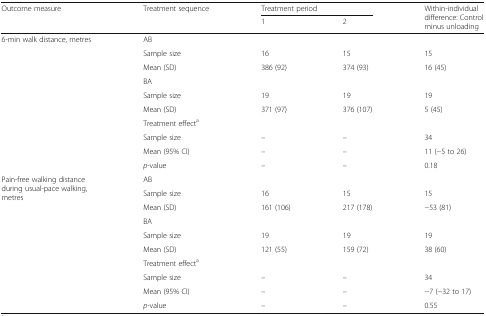
| <ROWSPAN=2> Outcome measure | <ROWSPAN=2> Treatment sequence | <COLSPAN=2> Treatment period | <ROWSPAN=2> Within-individual difference: Control minus unloading |
 | 1 | 2 |
 | --- | --- | --- | --- | --- |
 | <ROWSPAN=10> 6-min walk distance, metres | AB |  |  |  |
 | Sample size | 16 | 15 | 15 |
 | Mean (SD) | 386 (92) | 374 (93) | 16 (45) |
 | BA |  |  |  |
 | Sample size | 19 | 19 | 19 |
 | Mean (SD) | 371 (97) | 376 (107) | 5 (45) |
 | Treatment effecta |  |  |  |
 | Sample size | – | – | 34 |
 | Mean (95% CI) | – | – | 11 (−5 to 26) |
 | p-value | – | – | 0.18 |
 | <ROWSPAN=10> Pain-free walking distance during usual-pace walking, metres | AB |  |  |  |
 | Sample size | 16 | 15 | 15 |
 | Mean (SD) | 161 (106) | 217 (178) | −53 (81) |
 | BA |  |  |  |
 | Sample size | 19 | 19 | 19 |
 | Mean (SD) | 121 (55) | 159 (72) | 38 (60) |
 | Treatment effecta |  |  |  |
 | Sample size | – | – | 34 |
 | Mean (95% CI) | – | – | −7 (−32 to 17) |
 | p-value | – | – | 0.55 |